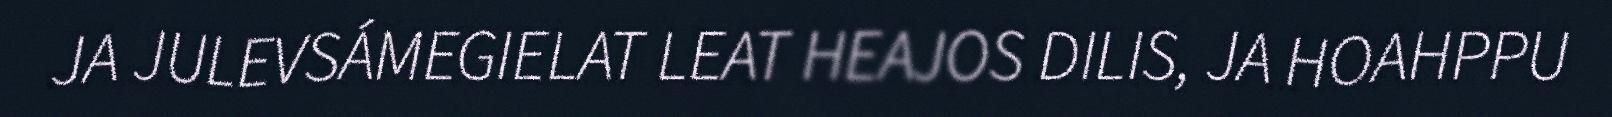
JA JULEVSÁMEGIELAT LEAT HEAJOS DILIS, JA HOAHPPU